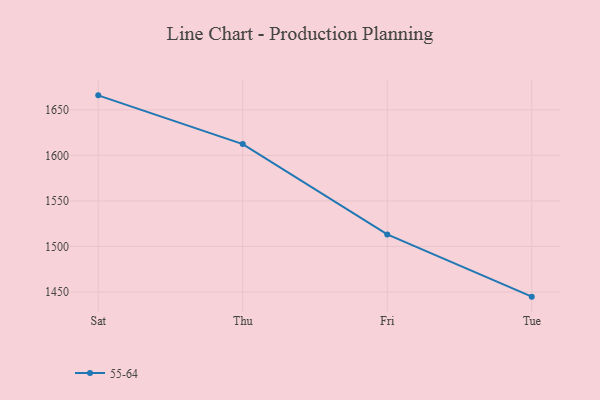
{"axis": {"x": "Day", "y": "Temperature (°C)"}, "legend": ["55-64"], "data": [{"x": "Sat", "y": 1665.9, "type": "55-64"}, {"x": "Thu", "y": 1612.4, "type": "55-64"}, {"x": "Fri", "y": 1513.2, "type": "55-64"}, {"x": "Tue", "y": 1444.9, "type": "55-64"}]}